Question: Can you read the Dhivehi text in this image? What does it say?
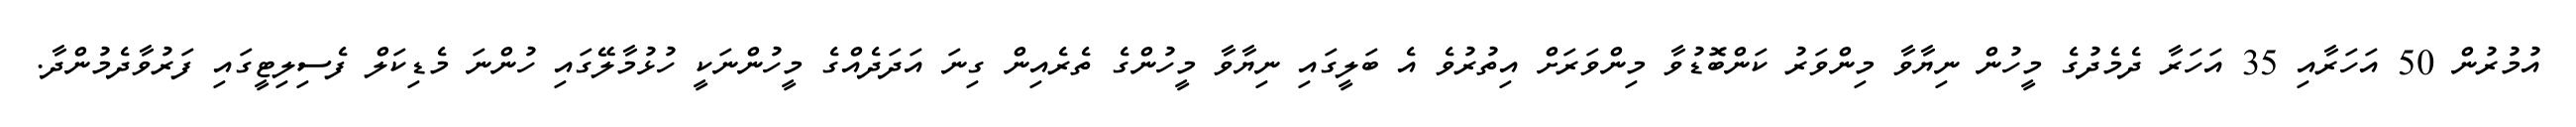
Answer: އުމުރުން 50 އަހަރާއި 35 އަހަރާ ދެމެދުގެ މީހުން ނިޔާވާ މިންވަރު ކަންބޮޑުވާ މިންވަރަށް އިތުރުވެ އެ ބަލީގައި ނިޔާވާ މީހުންގެ ތެރެއިން ގިނަ އަދަދެއްގެ މީހުންނަކީ ހުޅުމާލޭގައި ހުންނަ މެޑިކަލް ފެސިލިޓީގައި ފަރުވާދެމުންދާ.